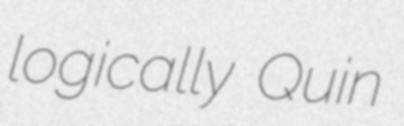
logically Quin